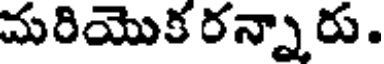
మరియొక రన్నారు.